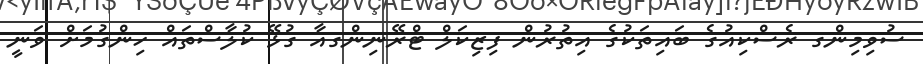
ސުވިމިންގ ރެސްކިއުގެ ބައިތަކުގެ އިތުރުން ފިޒިކަލް ޓްރޭނިންގއާ ގުޅޭ ކުލާސްތައް ހިންގުމަށް ވަނީ